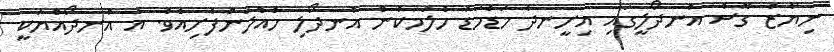
ނިޔާޒު ގޮސް އުނދޯލީގައި އިށީނދެ މަޑުމަޑު ހެލުމަކުން އުނދޯލި ހެއްލަންފެށިއެވެ. އެ އުނދޯއްޔަކީ